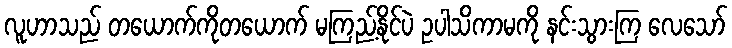
လူဟာသည် တယောက်ကိုတယောက် မကြည့်နိုင်ပဲ ဥပါသိကာမကို နင်းသွားကြ လေသော်